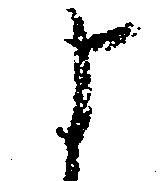
よ